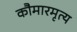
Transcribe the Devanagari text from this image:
कौमारमृत्य